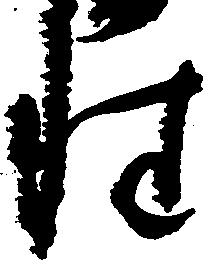
性